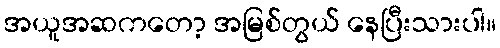
အယူအဆကတော့ အမြစ်တွယ် နေပြီးသားပါ။